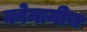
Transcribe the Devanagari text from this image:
कोमानीच